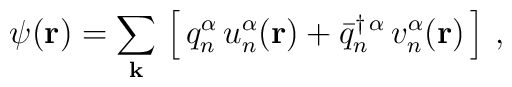
\psi({\bf r})  =  \sum_{\bf k}\,\left[\,q^{\alpha}_{n}\,u^{\alpha}_{n}({\bf r}) +{\bar q}^{\dagger\,{\alpha}}_{n}\,v^{\alpha}_{n}({\bf r})\,\right]\,,